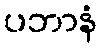
ပဘာနံ